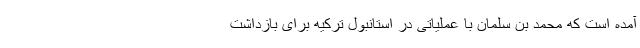
آمده است که محمد بن سلمان با عملیاتی در استانبول ترکیه برای بازداشت